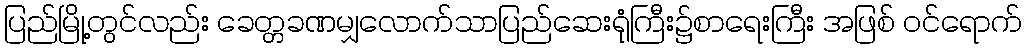
ပြည်မြို့တွင်လည်း ခေတ္တခဏမျှလောက်သာပြည်ဆေးရုံကြီး၌စာရေးကြီး အဖြစ် ဝင်ရောက်